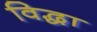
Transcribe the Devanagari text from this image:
विद्धा